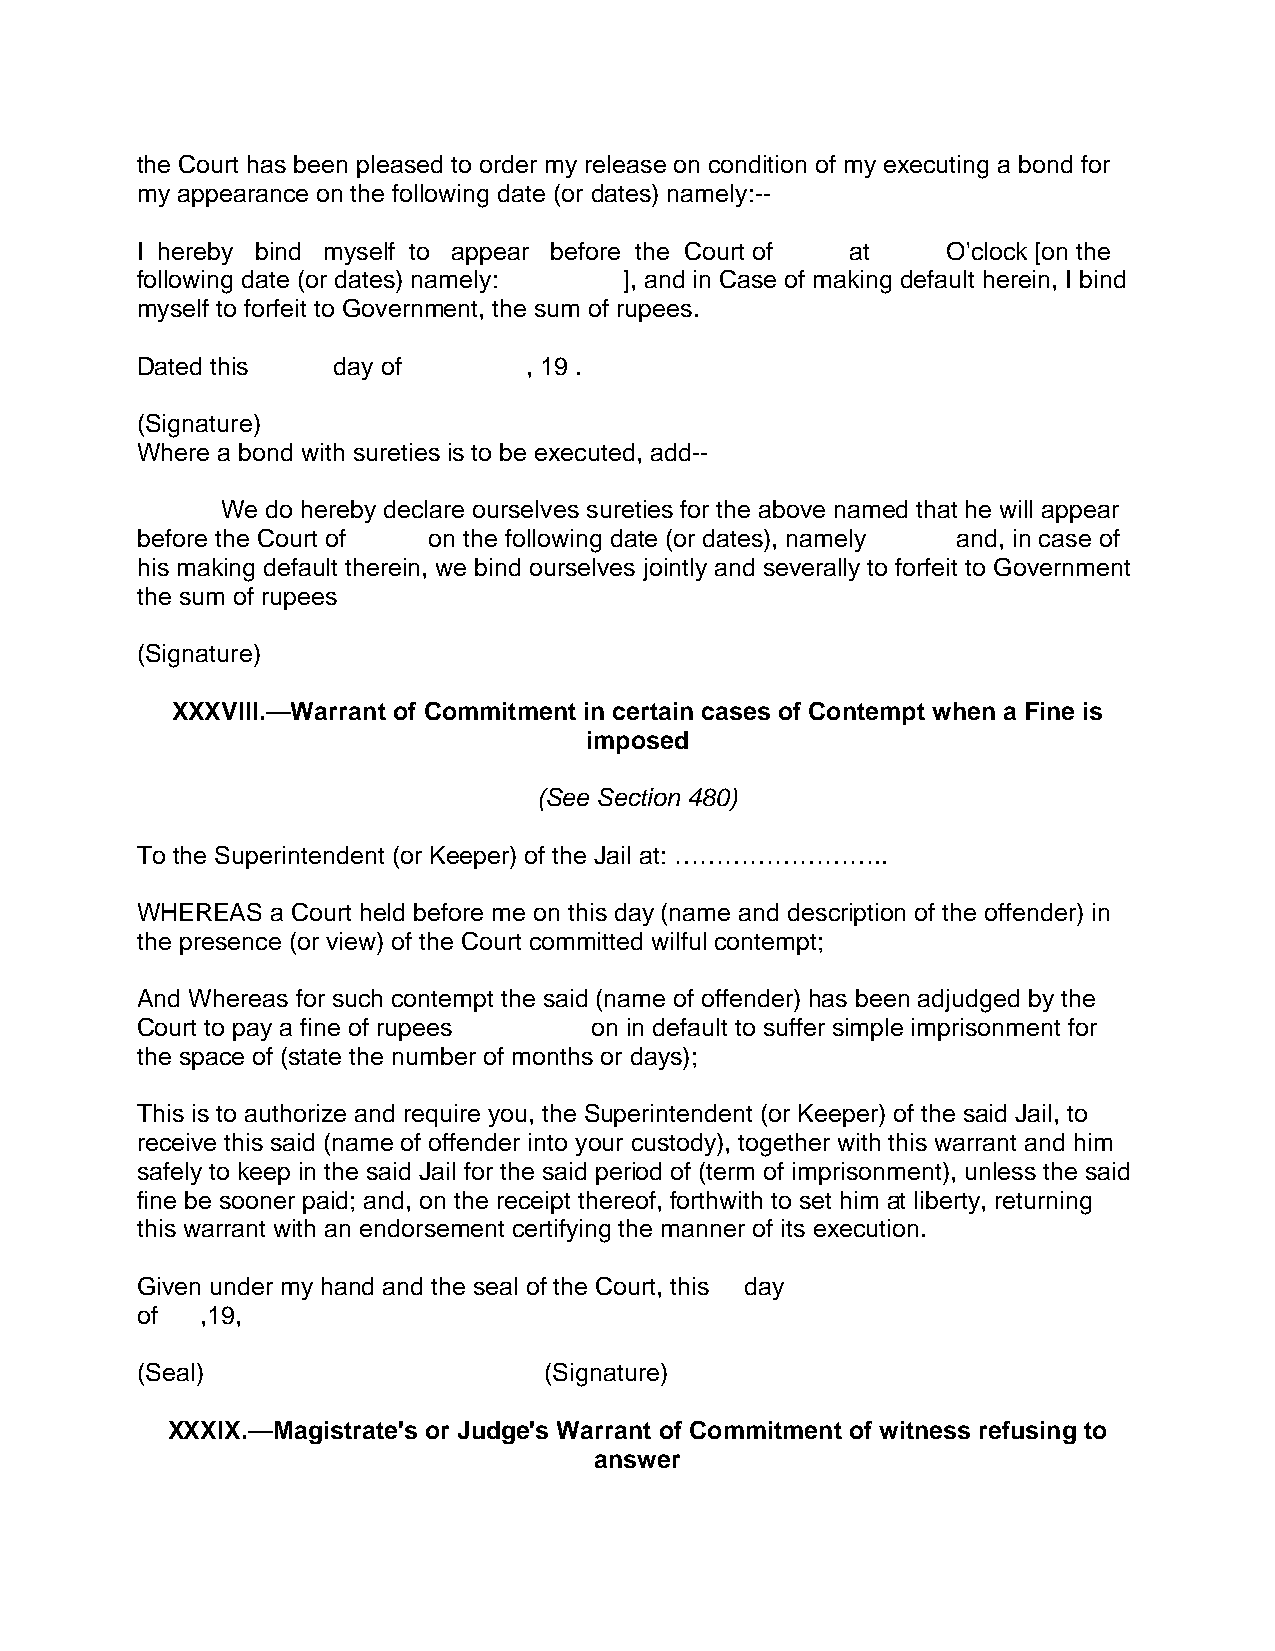
the Court has been pleased to order my release on condition of my executing a bond for
 my appearance on the following date (or dates) namely:--
 I hereby bind myself to appear before the Court of at O'clock [on the
 following date (or dates) namely: ], and in Case of making default herein, I bind
 myself to forfeit to Government, the sum of rupees.
 Dated this   day of       , 19 .
 (Signature)
 Where a bond with sureties is to be executed, add--
 We do hereby declare ourselves sureties for the above named that he will appear
 before the Court of on the following date (or dates), namely and, in case of
 his making default therein, we bind ourselves jointly and severally to forfeit to Government
 the sum of rupees
 (Signature)
 XXXVIII.—Warrant of Commitment in certain cases of Contempt when a Fine is
 imposed
 (See Section 480)
 To the Superintendent (or Keeper) of the Jail at: ……………………..
 WHEREAS  a Court held before me on this day (name and description of the offender) in
 the presence (or view) of the Court committed wilful contempt;
 And Whereas for such contempt the said (name of offender) has been adjudged by the
 Court to pay a fine of rupees on in default to suffer simple imprisonment for
 the space of (state the number of months or days);
 This is to authorize and require you, the Superintendent (or Keeper) of the said Jail, to
 receive this said (name of offender into your custody), together with this warrant and him
 safely to keep in the said Jail for the said period of (term of imprisonment), unless the said
 fine be sooner paid; and, on the receipt thereof, forthwith to set him at liberty, returning
 this warrant with an endorsement certifying the manner of its execution.
 Given under my hand and the seal of the Court, this day
 of  ,19,
 (Seal)                     (Signature)
 XXXIX.—Magistrate's or Judge's Warrant of Commitment of witness refusing to
 answer